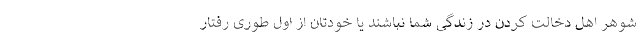
شوهر اهل دخالت کردن در زندگی شما نباشند یا خودتان از اول طوری رفتار